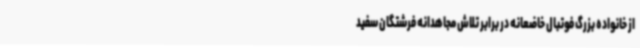
از خانواده بزرگ فوتبال خاضعانه در برابر تلاش مجاهدانه فرشتگان سفید